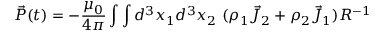
\vec { P } ( t ) = - \frac { \mu _ { 0 } } { 4 \pi } \int \int d ^ { 3 } x _ { 1 } d ^ { 3 } x _ { 2 } ~ ( \rho _ { 1 } \vec { J } _ { 2 } + \rho _ { 2 } \vec { J } _ { 1 } ) R ^ { - 1 }